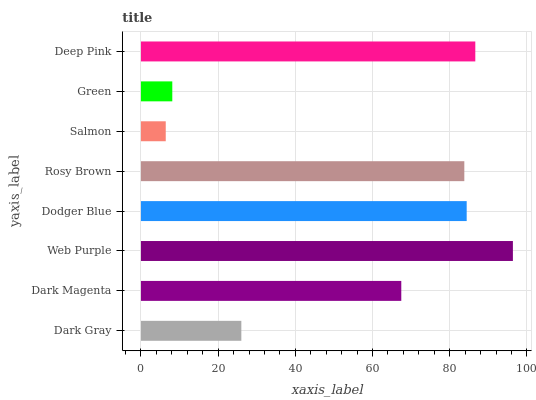
| yaxis_label | bars |
 | --- | --- |
 | Dark Gray | 26 |
 | Dark Magenta | 67.5 |
 | Web Purple | 96.4 |
 | Dodger Blue | 84.4 |
 | Rosy Brown | 83.8 |
 | Salmon | 6.43 |
 | Green | 8.12 |
 | Deep Pink | 86.6 |